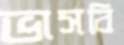
ভাসবি